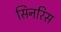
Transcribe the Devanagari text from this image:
सिनरिस